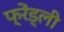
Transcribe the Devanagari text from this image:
फ्रेंड्ली